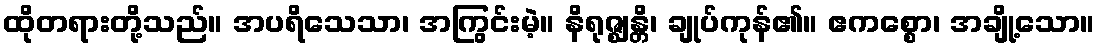
ထိုတရားတို့သည်။ အပရိသေသာ၊ အကြွင်းမဲ့။ နိရုဇ္ဈန္တိ၊ ချုပ်ကုန်၏။ ဧကစ္စော၊ အချို့သော။